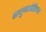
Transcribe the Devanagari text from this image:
अनुनक्वेडियम